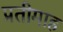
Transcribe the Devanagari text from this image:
प्रतीमाह